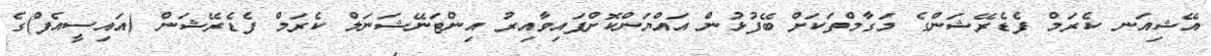
އޭޝިއަނ ކެރަމް ފެޑެރޭޝަންގެ މަގާމްތަކަށް ބޭފުޅުން އައްޔަންކޮށްފައިވާއިރު އިންޓަނޭޝަނަލް ކެރަމް ފެޑެރޭޝަން (އައިސީއެފް)ގެ